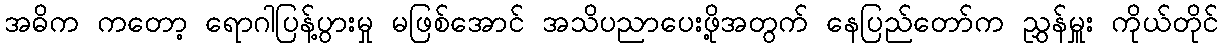
အဓိက ကတော့ ရောဂါပြန့်ပွားမှု မဖြစ်အောင် အသိပညာပေးဖို့အတွက် နေပြည်တော်က ညွှန်မှူး ကိုယ်တိုင်